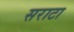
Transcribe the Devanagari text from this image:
सराटा